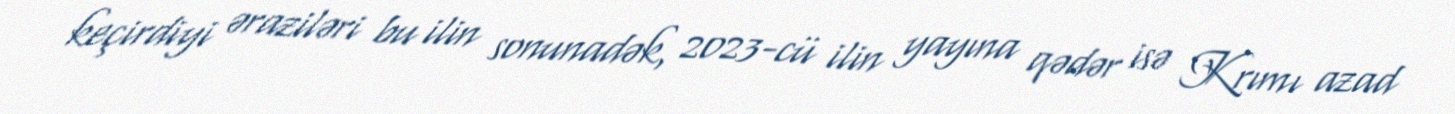
keçirdiyi əraziləri bu ilin sonunadək, 2023-cü ilin yayına qədər isə Krımı azad